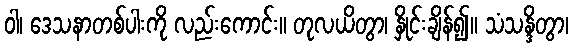
ဝါ၊ ဒေသနာတစ်ပါးကို လည်းကောင်း။ တုလယိတွာ၊ နှိုင်းချိန်၍။ သံသန္ဒိတွာ၊